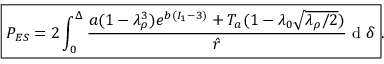
\begin{array} { r } { \boxed { P _ { E S } = 2 \int _ { 0 } ^ { \Delta } \frac { a ( 1 - \lambda _ { \rho } ^ { 3 } ) e ^ { b ( I _ { 1 } - 3 ) } + T _ { a } ( { 1 - \lambda _ { 0 } \sqrt { { \lambda _ { \rho } } / { 2 } } } ) } { \hat { r } } \mathrm { ~ d ~ } \delta } . } \end{array}